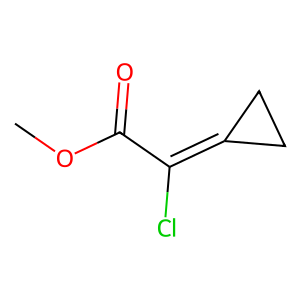
SMILES: COC(=O)C(Cl)=C1CC1
Inhibits HIV replication: No